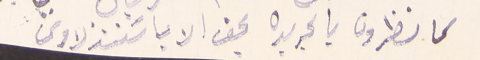
كما نظرون بالجريده بحق الاب اسَتنذلاوسَ